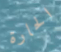
الحارة